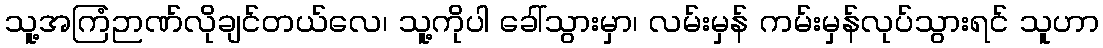
သူ့အကြံဉာဏ်လိုချင်တယ်လေ၊ သူ့ကိုပါ ခေါ်သွားမှာ၊ လမ်းမှန် ကမ်းမှန်လုပ်သွားရင် သူဟာ